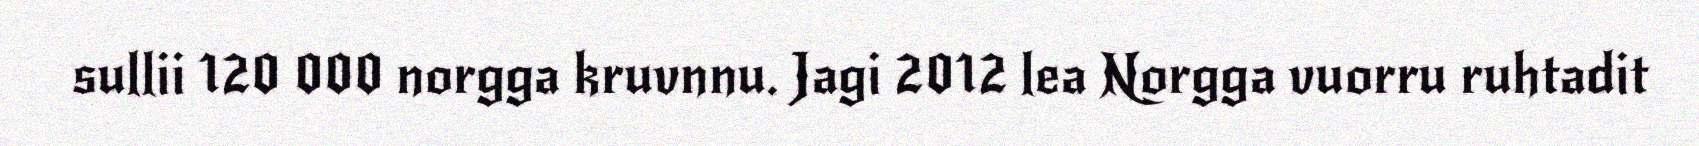
sullii 120 000 norgga kruvnnu. Jagi 2012 lea Norgga vuorru ruhtadit